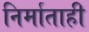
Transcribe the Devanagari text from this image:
निर्माताही